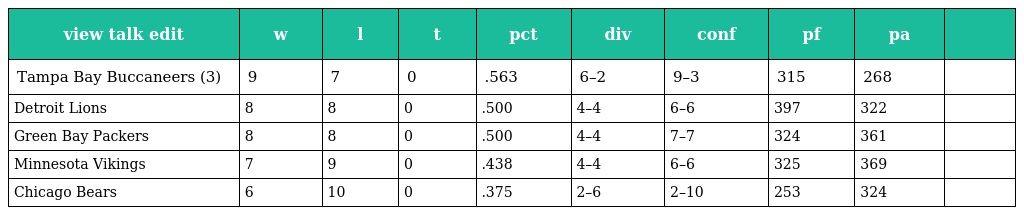
| view talk edit | w | l | t | pct | div | conf | pf | pa |  |
 | --- | --- | --- | --- | --- | --- | --- | --- | --- | --- |
 | Tampa Bay Buccaneers (3) | 9 | 7 | 0 | .563 | 6–2 | 9–3 | 315 | 268 |  |
 | Detroit Lions | 8 | 8 | 0 | .500 | 4–4 | 6–6 | 397 | 322 |  |
 | Green Bay Packers | 8 | 8 | 0 | .500 | 4–4 | 7–7 | 324 | 361 |  |
 | Minnesota Vikings | 7 | 9 | 0 | .438 | 4–4 | 6–6 | 325 | 369 |  |
 | Chicago Bears | 6 | 10 | 0 | .375 | 2–6 | 2–10 | 253 | 324 |  |